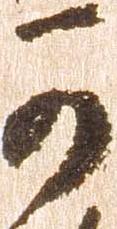
可